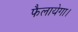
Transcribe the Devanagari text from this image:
फैलायेगा।